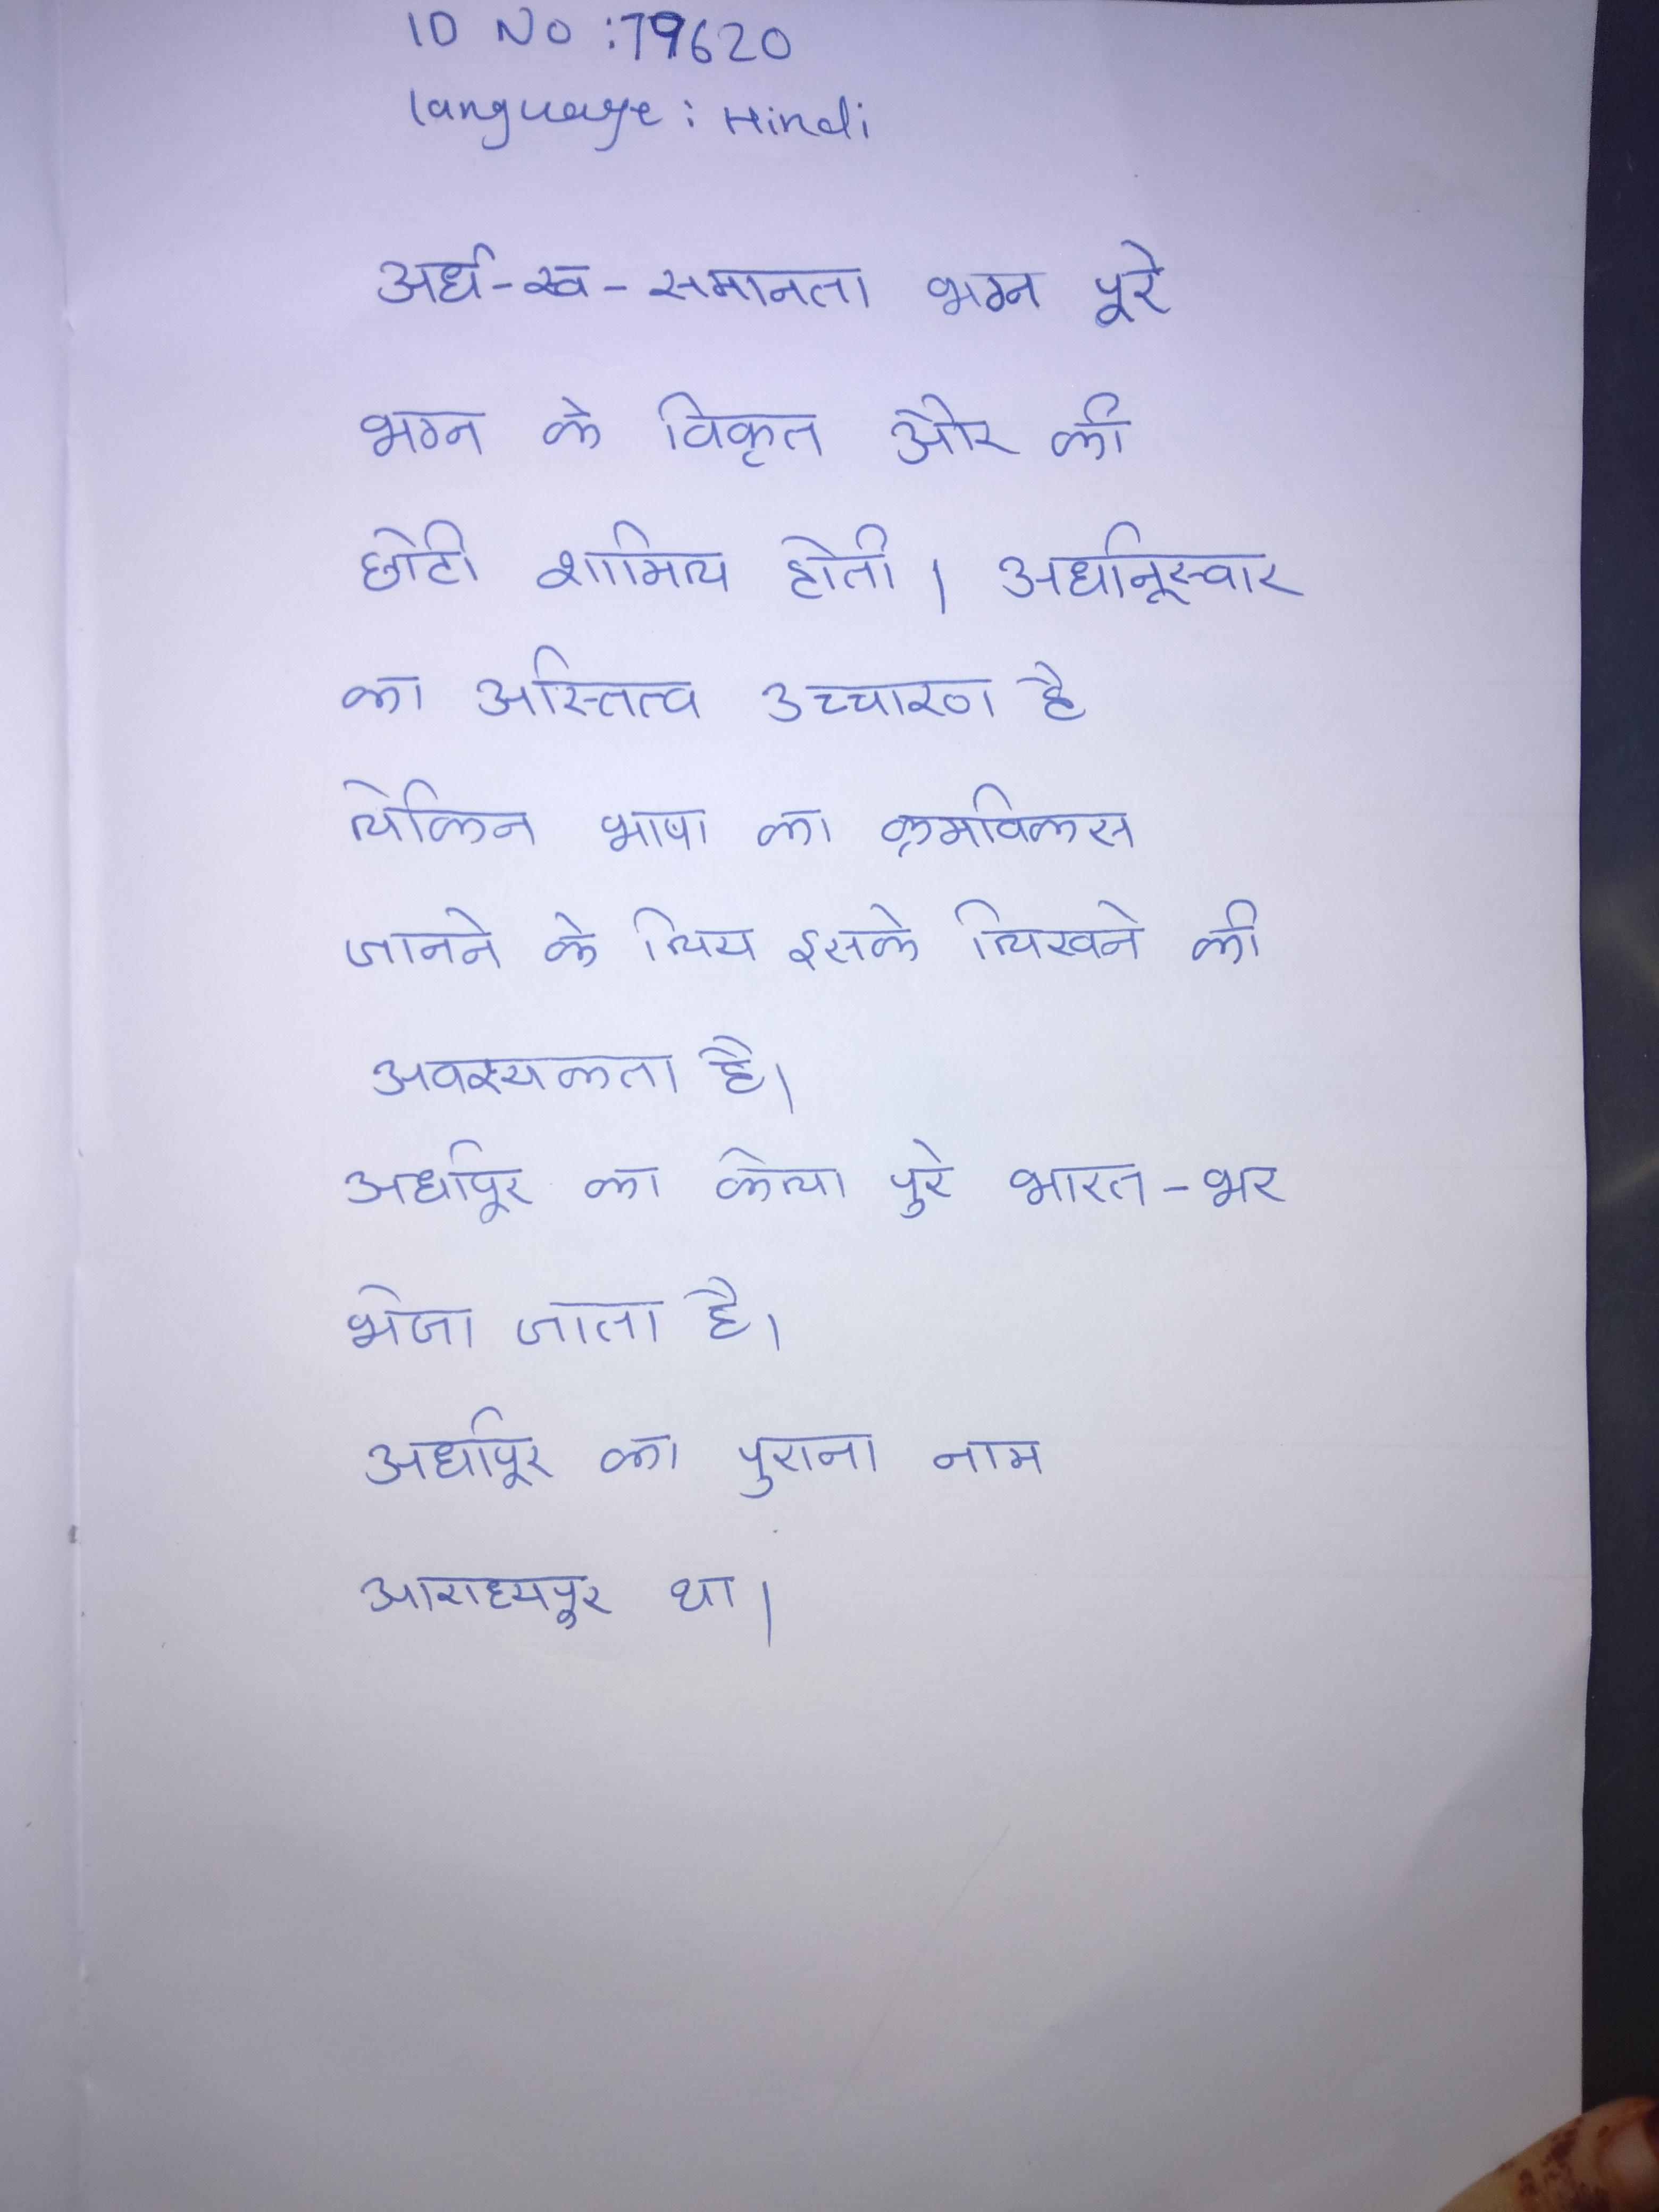
अर्ध-स्व-समानता भग्न पूरे भग्न के विकृत और की छोटी शामिल होती । अर्धानुस्वार का अस्तित्व उच्चारण है लेकिन भाषा का क्रमविकस जानने के लिय इसके लिखने की अवश्यकता है । अर्धापुर का केला पूरे भारत-भर भेजा जाता है । अर्धापुर का पुराना नाम आराध्यपुर था ।